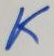
Text: K